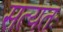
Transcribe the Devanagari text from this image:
सत्यतः